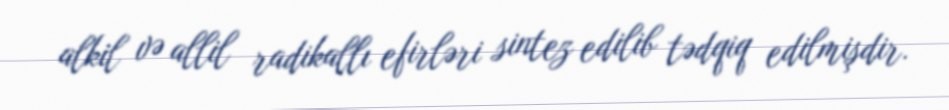
alkil və allil radikallı efirləri sintez edilib tədqiq edilmişdir.